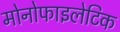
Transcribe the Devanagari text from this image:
मोनोफाइलेटिक